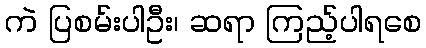
ကဲ ပြစမ်းပါဦး၊ ဆရာ ကြည့်ပါရစေ